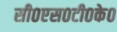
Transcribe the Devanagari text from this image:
सी०एस०टी०के०